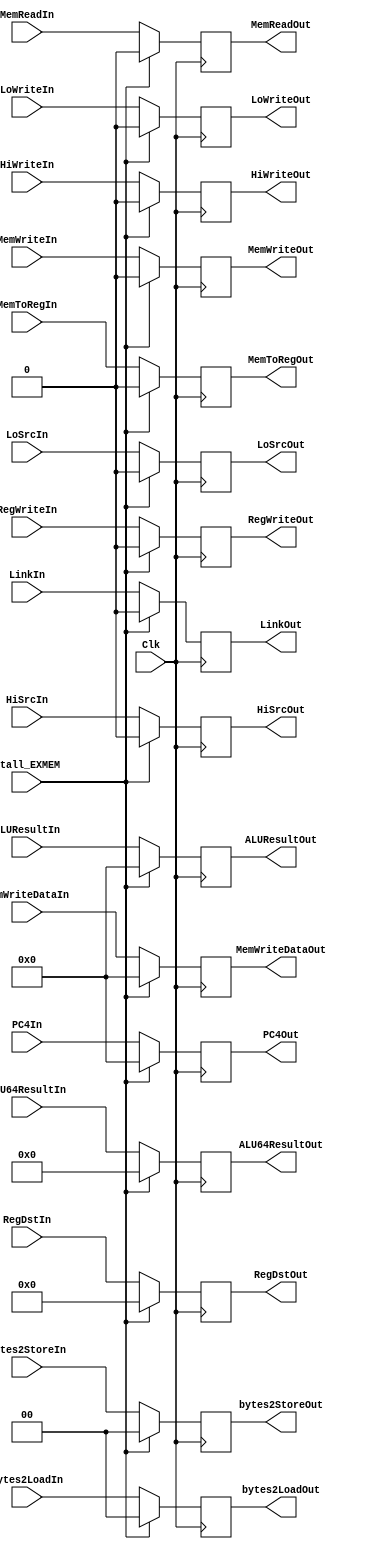
`timescale 1ns / 1ps
//////////////////////////////////////////////////////////////////////////////////
// Company: 
// Engineer: 
// 
// Design Name: 
// Module Name: EX_MEM_Reg
// Project Name: 
// Target Devices: 
// Tool Versions: 
// Description: 
// 
// Dependencies: 
// 
// Revision:
// Revision 0.01 - File Created
// Additional Comments:
// 
//////////////////////////////////////////////////////////////////////////////////


module EXMEM_Reg(
    //Stage 4 Requirements (not used in subsequent stages)
    bytes2LoadIn, bytes2StoreIn,
    MemReadIn, MemWriteIn,
    bytes2LoadOut, bytes2StoreOut,
    MemReadOut, MemWriteOut,
    MemWriteDataIn,MemWriteDataOut,
    //Stage 4 + 5 (used in both)
    ALUResultIn,
    ALUResultOut,
    //Stage 5 Requirements that we need to carry through
    MemToRegIn, RegWriteIn,
    ALU64ResultIn,HiSrcIn,LoSrcIn,LinkIn,RegDstIn, PC4In,
    MemToRegOut, RegWriteOut,
    ALU64ResultOut,HiSrcOut,LoSrcOut,LinkOut,RegDstOut, PC4Out,
    HiWriteIn, LoWriteIn,
    HiWriteOut, LoWriteOut,
    //Clock
    Clk, 
    stall_EXMEM
    );
    //Inputs & Outputs & MemoryDeclarations
    
    //STAGE 4
    //Inputs
    input[1:0] bytes2LoadIn, bytes2StoreIn;
    input MemReadIn, MemWriteIn, stall_EXMEM;
    input[31:0] MemWriteDataIn;
    //Ouputs
    output reg[1:0] bytes2LoadOut, bytes2StoreOut;
    output reg MemReadOut, MemWriteOut;
    output reg[31:0] MemWriteDataOut;
    //Memory
    reg[1:0] bytes2Load, bytes2Store;
    reg MemRead, MemWrite;
    reg[31:0] MemWriteData;
    
    //STAGE 4 + 5
    input[31:0] ALUResultIn;
    output reg[31:0] ALUResultOut;
    reg[31:0] ALUResult;
    
    //STAGE 5
    //Inputs
    input[31:0] PC4In;
    input[63:0] ALU64ResultIn;
    input MemToRegIn,RegWriteIn,HiSrcIn,LoSrcIn,LinkIn;
    input [4:0] RegDstIn;
    input Clk;
    input HiWriteIn, LoWriteIn;
    //Outputs
    output reg[31:0] PC4Out;
    output reg [63:0] ALU64ResultOut;
    output reg MemToRegOut,RegWriteOut,HiSrcOut,LoSrcOut,LinkOut;
    output reg [4:0] RegDstOut;
    output reg HiWriteOut, LoWriteOut;
    //Memory declarations
    reg[31:0] LoadData, PC4;
    reg[63:0] ALU64Result;
    reg MemToReg,RegWrite,HiSrc,LoSrc,Link;
    reg [4:0] RegDst;
    reg HiWrite, LoWrite;
    
    //Initial state with noops
    initial begin
    //STAGE 4
    bytes2Load <= 0; //Comes from stage 2, goes through 3
    bytes2Store <= 0; //Comes from stage 2, goes through 3
    MemRead <= 0; //Comes from stage 2, goes through 3
    MemWrite <= 0; //Comes from stage 2, goes through 3
    MemWriteData <= 0;
    //STAGE 4 + 5
    ALUResult <= 0; //Comes from stage 3, goes thru 4
    //STAGE 5
    PC4 <= 0; //Comes from stage 2, goes thru 3 and 4
    ALU64Result <= 0; //Comes from stage 3, goes thru 4
    MemToReg <= 0; //Comes from stage 2, goes thru 3 and 4
    RegWrite <= 0; //Comes from stage 2, goes thru 3 and 4
    HiSrc <= 0; //Comes from stage 2, goes thru 3 and 4
    LoSrc <= 0; //Comes from stage 2, goes thru 3 and 4
    Link <= 0; //Comes from stage 2, goes thru 3 and 4
    RegDst <= 0; //Comes from stage 2, goes thru 3 and 4
    HiWrite <= 0;
    LoWrite <= 0;
    end
    
    
    //Write declarations
    always @(posedge Clk) begin
        if (stall_EXMEM == 0) begin 
            //STAGE 4
            bytes2Load <= bytes2LoadIn; //Comes from stage 2, goes through 3
            bytes2Store <= bytes2StoreIn; //Comes from stage 2, goes through 3
            MemRead <= MemReadIn; //Comes from stage 2, goes through 3
            MemWrite <= MemWriteIn; //Comes from stage 2, goes through 3
            MemWriteData <= MemWriteDataIn;
            //STAGE 4 + 5
            ALUResult <= ALUResultIn; //Comes from stage 3, goes thru 4
            //STAGE 5
            PC4 <= PC4In; //Comes from stage 2, goes thru 3 and 4
            ALU64Result <= ALU64ResultIn; //Comes from stage 3, goes thru 4
            MemToReg <= MemToRegIn; //Comes from stage 2, goes thru 3 and 4
            RegWrite <= RegWriteIn; //Comes from stage 2, goes thru 3 and 4
            HiSrc <= HiSrcIn; //Comes from stage 2, goes thru 3 and 4
            LoSrc <= LoSrcIn; //Comes from stage 2, goes thru 3 and 4
            Link <= LinkIn; //Comes from stage 2, goes thru 3 and 4
            RegDst <= RegDstIn; //Comes from stage 2, goes thru 3 and 4
            HiWrite <= HiWriteIn;
            LoWrite <= LoWriteIn;
        end
        else begin
        //STAGE 4
            bytes2Load <= 0; //Comes from stage 2, goes through 3
            bytes2Store <= 0; //Comes from stage 2, goes through 3
            MemRead <= 0; //Comes from stage 2, goes through 3
            MemWrite <= 0; //Comes from stage 2, goes through 3
            MemWriteData <= 0;
            //STAGE 4 + 5
            ALUResult <= 0; //Comes from stage 3, goes thru 4
            //STAGE 5
            PC4 <= 0; //Comes from stage 2, goes thru 3 and 4
            ALU64Result <= 0; //Comes from stage 3, goes thru 4
            MemToReg <= 0; //Comes from stage 2, goes thru 3 and 4
            RegWrite <= 0; //Comes from stage 2, goes thru 3 and 4
            HiSrc <= 0; //Comes from stage 2, goes thru 3 and 4
            LoSrc <= 0; //Comes from stage 2, goes thru 3 and 4
            Link <= 0; //Comes from stage 2, goes thru 3 and 4
            RegDst <= 0; //Comes from stage 2, goes thru 3 and 4
            HiWrite <= 0;
            LoWrite <= 0;
        end
     end
    //Read declarations
    always @(*) begin
    //STAGE 4
    bytes2LoadOut <= bytes2Load; //Used when loading from memory
    bytes2StoreOut <= bytes2Store; //Used when storing to memory
    MemReadOut <= MemRead; //Used when reading memory
    MemWriteOut <= MemWrite; //Used when writing/storing to memory
    MemWriteDataOut <= MemWriteData;
    //STAGE 4 + 5
    ALUResultOut <= ALUResult; //Used when accessing memory address and for storing ALU Result into register
    //STAGE 5
    PC4Out <= PC4; //Goes as possible input to $Ra
    ALU64ResultOut <= ALU64Result; //Used for special HiLo operations
    MemToRegOut <= MemToReg; //Chooses between ALUResult and LoadData
    RegWriteOut <= RegWrite; //Control signal for writing to register
    HiSrcOut <= HiSrc; //Chooses source for Hi input between ALU64Result and ALUResult
    LoSrcOut <= LoSrc; //Chooses source for lo input between ALU64Result and ALUResult
    LinkOut <= Link; //Chooses write data between ALU64Result and PC + 4
    RegDstOut <= RegDst; //Chooses register to store results in
    HiWriteOut <= HiWrite;
    LoWriteOut <= LoWrite;
    
    end
endmodule